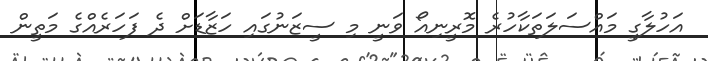
އަހުލާގީ މައްސަލަތަކާހުރެ މޮރީނިއޯ ވަނީ މި ސީޒަނުގައި ހަޒާޑަށް ދެ ފަހަރެއްގެ މަތީން